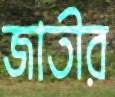
জাতীর